Annual report on the working of the lock hospitals in the Central Provinces
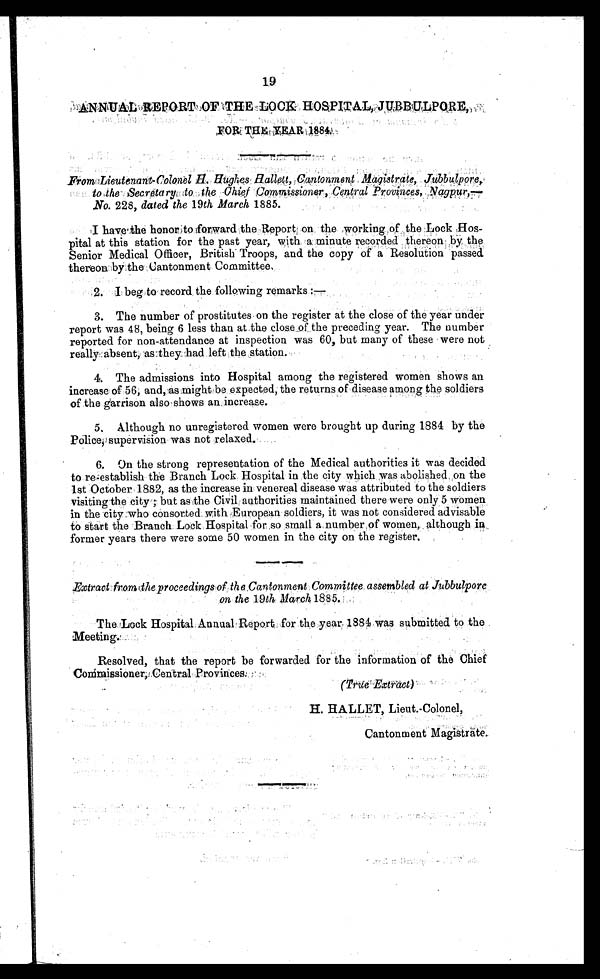
19
ANNUAL REPORT OF THE LOOK HOSPITAL, JUBBULPORE,
FOR THE YEAR 1884.
From Lieutenant-Colonel H. Hughes Hallett, Cantonment Magistrate, Jubbulpore
to the Secretary to the Chief Commissioner, Central Provinces, Nagpur,
—
No. 228, dated the 19th March 1885.
I have the honor to forward the Report on the working of the Lock Hos-
pital at this station for the past year, with a minute recorded thereon by the
Senior Medical Officer, British Troops, and the copy of a Resolution passed
thereon by the Cantonment Committee,
2. I beg to record the following remarks :—
3.
The number of prostitutes on the register at the close of the year under
report was 48, being 6 less than at the close of the preceding year. The number
reported for non-attendance at inspection was 60, but many of these were not
really absent, as they had left the station.
4.
The admissions into Hospital among the registered women shows an
increase of 56, and, as might be expected, the returns of disease among the soldiers
of the garrison also shows an increase.
5, Although no unregistered women were brought up during 1884 by the
Police, supervision was not relaxed.
6. On the strong representation of the Medical authorities it was decided
to re-establish the Branch Lock Hospital in the city which was abolished on the
1st October 1882, as the increase in venereal disease was attributed to the soldiers
visiting the city ; but as the Civil authorities maintained there were only 5 women
in the city who consorted with European soldiers, it was not considered advisable
to start the Branch Lock Hospital for so small a number of women, although in
former years there were some 50 women in the city on the register.
Extract from the proceedings of the Cantonment Committee assembled at Jubbulpore
on the 19th March 1885.
The Lock Hospital Annual Report for the year, 1884 was submitted to the
Meeting
Resolved, that the report be forwarded for the information of the Chief C
ommissioner,
C
entral Provinces.
)
H. HALLET, Lieut.-Colonel,
Cantonment Magistrate .